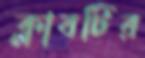
ক্লাবটির